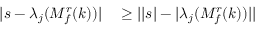
\begin{array} { r l } { \lvert s - \lambda _ { j } ( M _ { f } ^ { r } ( k ) ) \rvert } & { { } \geq \lvert \lvert s \rvert - \lvert \lambda _ { j } ( M _ { f } ^ { r } ( k ) ) \rvert \rvert } \end{array}